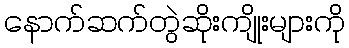
နောက်ဆက်တွဲဆိုးကျိုးများကို